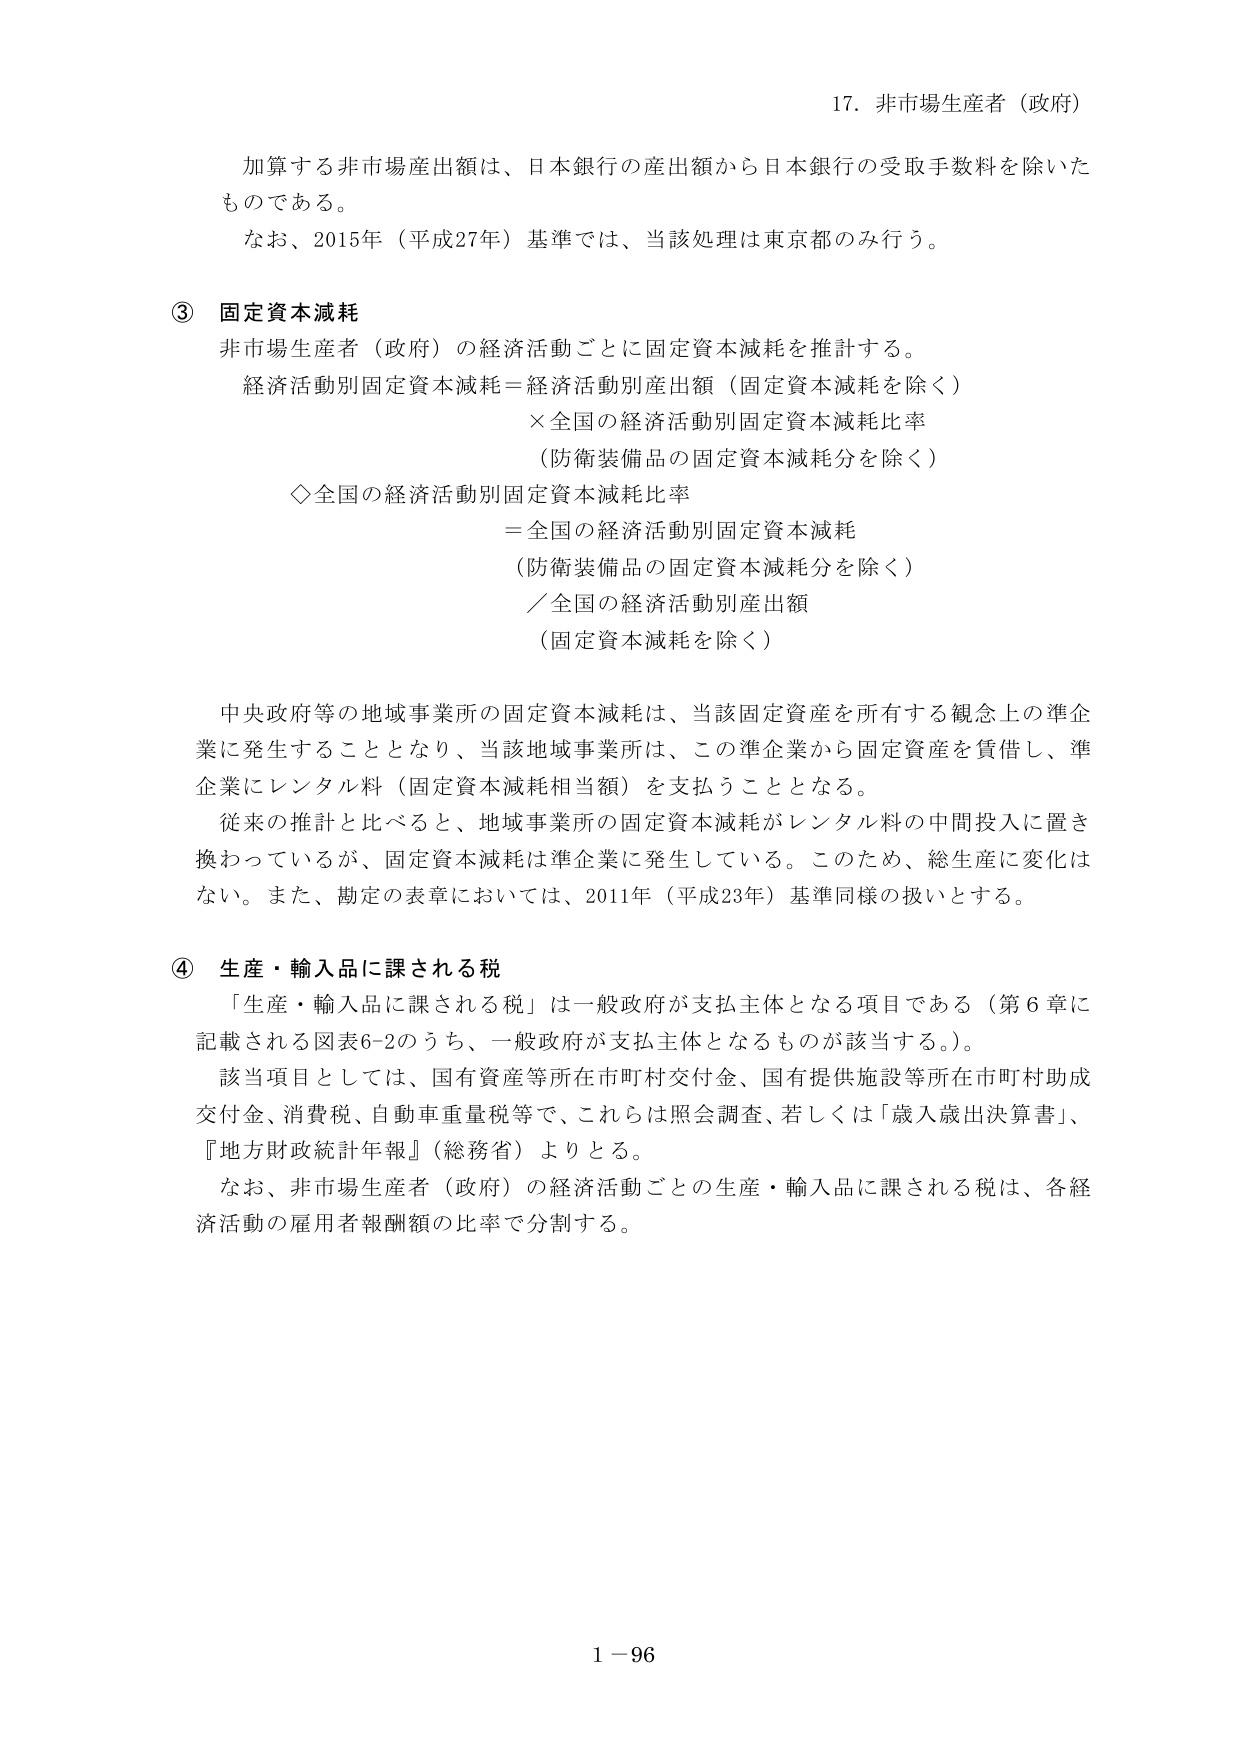
17. 非市場生産者（政府）

加算する非市場産出額は、日本銀行の産出額から日本銀行の受取手数料を除いたものである。
なお、2015年（平成27年）基準では、当該処理は東京都のみ行う。

③ 固定資本減耗
非市場生産者（政府）の経済活動ごとに固定資本減耗を推計する。
経済活動別固定資本減耗＝経済活動別産出額（固定資本減耗を除く）
　　×全国の経済活動別固定資本減耗比率
　　（防衛装備品の固定資本減耗分を除く）
◇全国の経済活動別固定資本減耗比率
　　＝全国の経済活動別固定資本減耗
　　（防衛装備品の固定資本減耗分を除く）
　　／全国の経済活動別産出額
　　（固定資本減耗を除く）

中央政府等の地域事業所の固定資本減耗は、当該固定資産を所有する観念上の準企業に発生することとなり、当該地域事業所は、この準企業から固定資産を賃借し、準企業にレンタル料（固定資本減耗相当額）を支払うこととなる。
従来の推計と比べると、地域事業所の固定資本減耗がレンタル料の中間投入に置き換わっているが、固定資本減耗は準企業に発生している。このため、総生産に変化はない。また、勘定の表章においては、2011年（平成23年）基準同様の扱いとする。

④ 生産・輸入品に課される税
「生産・輸入品に課される税」は一般政府が支払主体となる項目である（第6章に記載される図表6-2のうち、一般政府が支払主体となるものが該当する。）。
該当項目としては、国有資産等所在市町村交付金、国有提供施設等所在市町村助成交付金、消費税、自動車重量税等で、これらは照会調査、若しくは「歳入歳出決算書」、『地方財政統計年報』（総務省）よりとする。
なお、非市場生産者（政府）の経済活動ごとの生産・輸入品に課される税は、各経済活動の雇用者報酬額の比率で分割する。

1－96